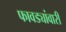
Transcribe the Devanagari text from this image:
फावड्यांवारी